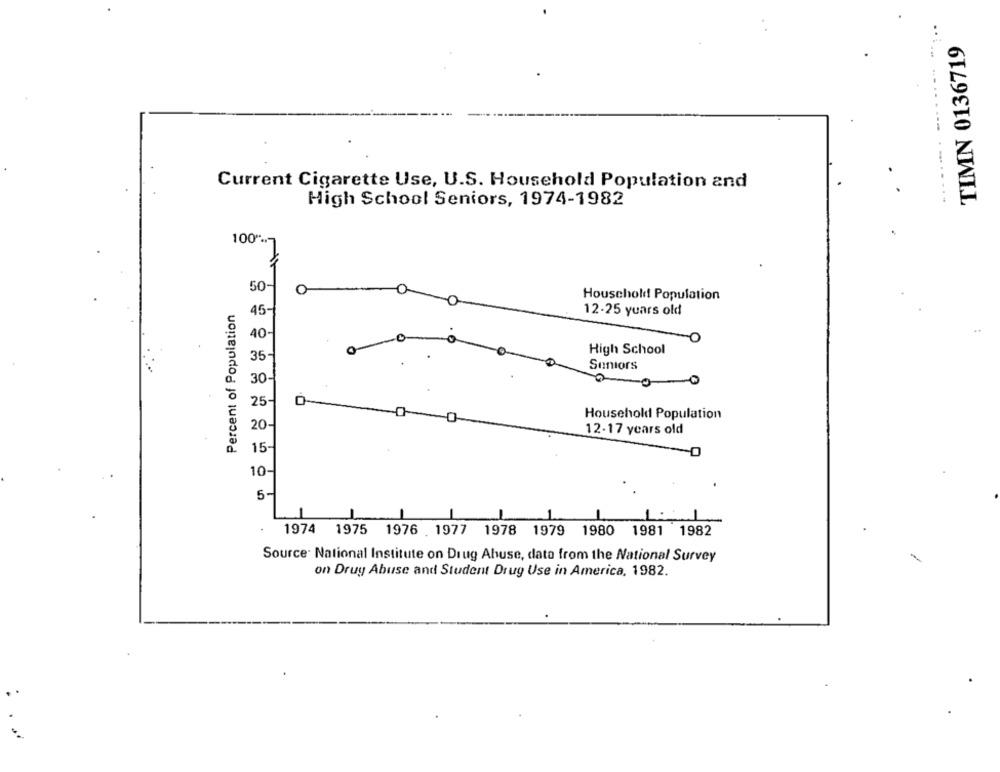
TIMN 0136719
Current Cigarette Use, U.S. Household Population and
High School Seniors, 1974-1982
100"%-
50-
O
Household Population
Percent of Population
45-
12-25 years old
40-
High School
35-
Seniors
a
30-
-00
25
Household Population
20-
12-17 years old
15
-O
10
5
1
1
1
1974 1975 1976 .1977 1978 1979 1980 1981 1982
Source: National Institute on Drug Abuse, data from the National Survey
on Drug Abuse and Student Drug Use in America, 1982.